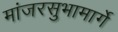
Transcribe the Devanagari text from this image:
मांजरसुभामार्गे